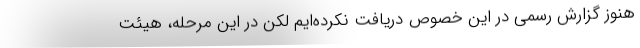
هنوز گزارش رسمی در این خصوص دریافت نکرده‌ایم لکن در این مرحله، هیئت